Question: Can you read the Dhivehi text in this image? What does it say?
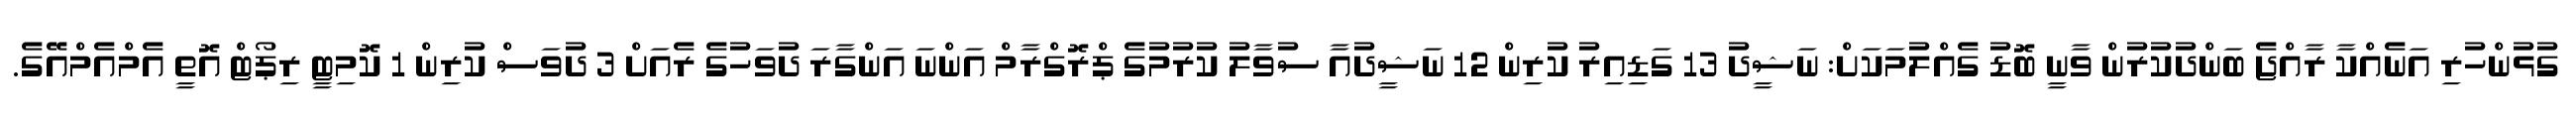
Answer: ގުޅުންހުރި އަނެއްކާ ރާއްޖެ ބަންދުކުރުން ވާނީ ބޮޑު ގެއްލުމަކަށް: ނަޝީދު 13 ގަޑިއިރު ކުރިން 12 ނަޝީދުއާ ސުވާލު ކުރުމުގެ ޕްރޮގްރާމް އަންނަ އަންގާރަ ދުވަހުގެ ރެއަށް 3 ދުވަސް ކުރިން 1 ކޮމިޓީ ރިޕޯޓް އޮތީ އެމްއެމްއޭގެ.